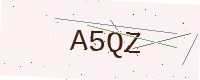
Text: A5QZ